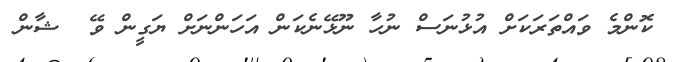
ކޮންމެ ވައްތަރަކަށް އުޅުނަސް ނުހާ ނޫޅޭނެކަން އަހަންނަށް ޔަގީން ވޭ  ޝާން